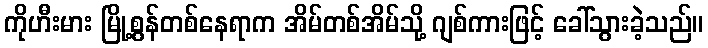
ကိုဟီးမား မြို့စွန်တစ်နေရာက အိမ်တစ်အိမ်သို့ ဂျစ်ကားဖြင့် ခေါ်သွားခဲ့သည်။